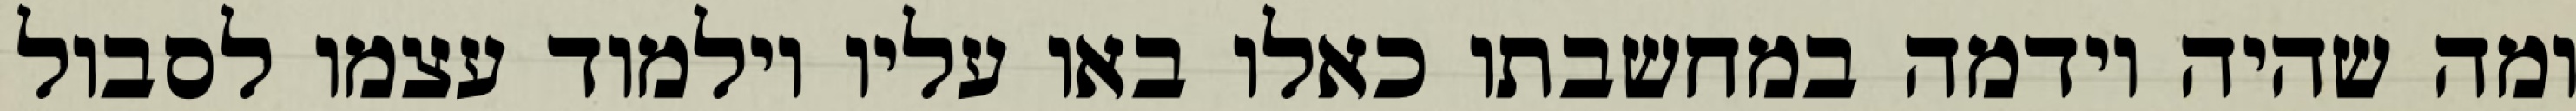
ומה שהיה וידמה במחשבתו כאלו באו עליו וילמוד עצמו לסבול